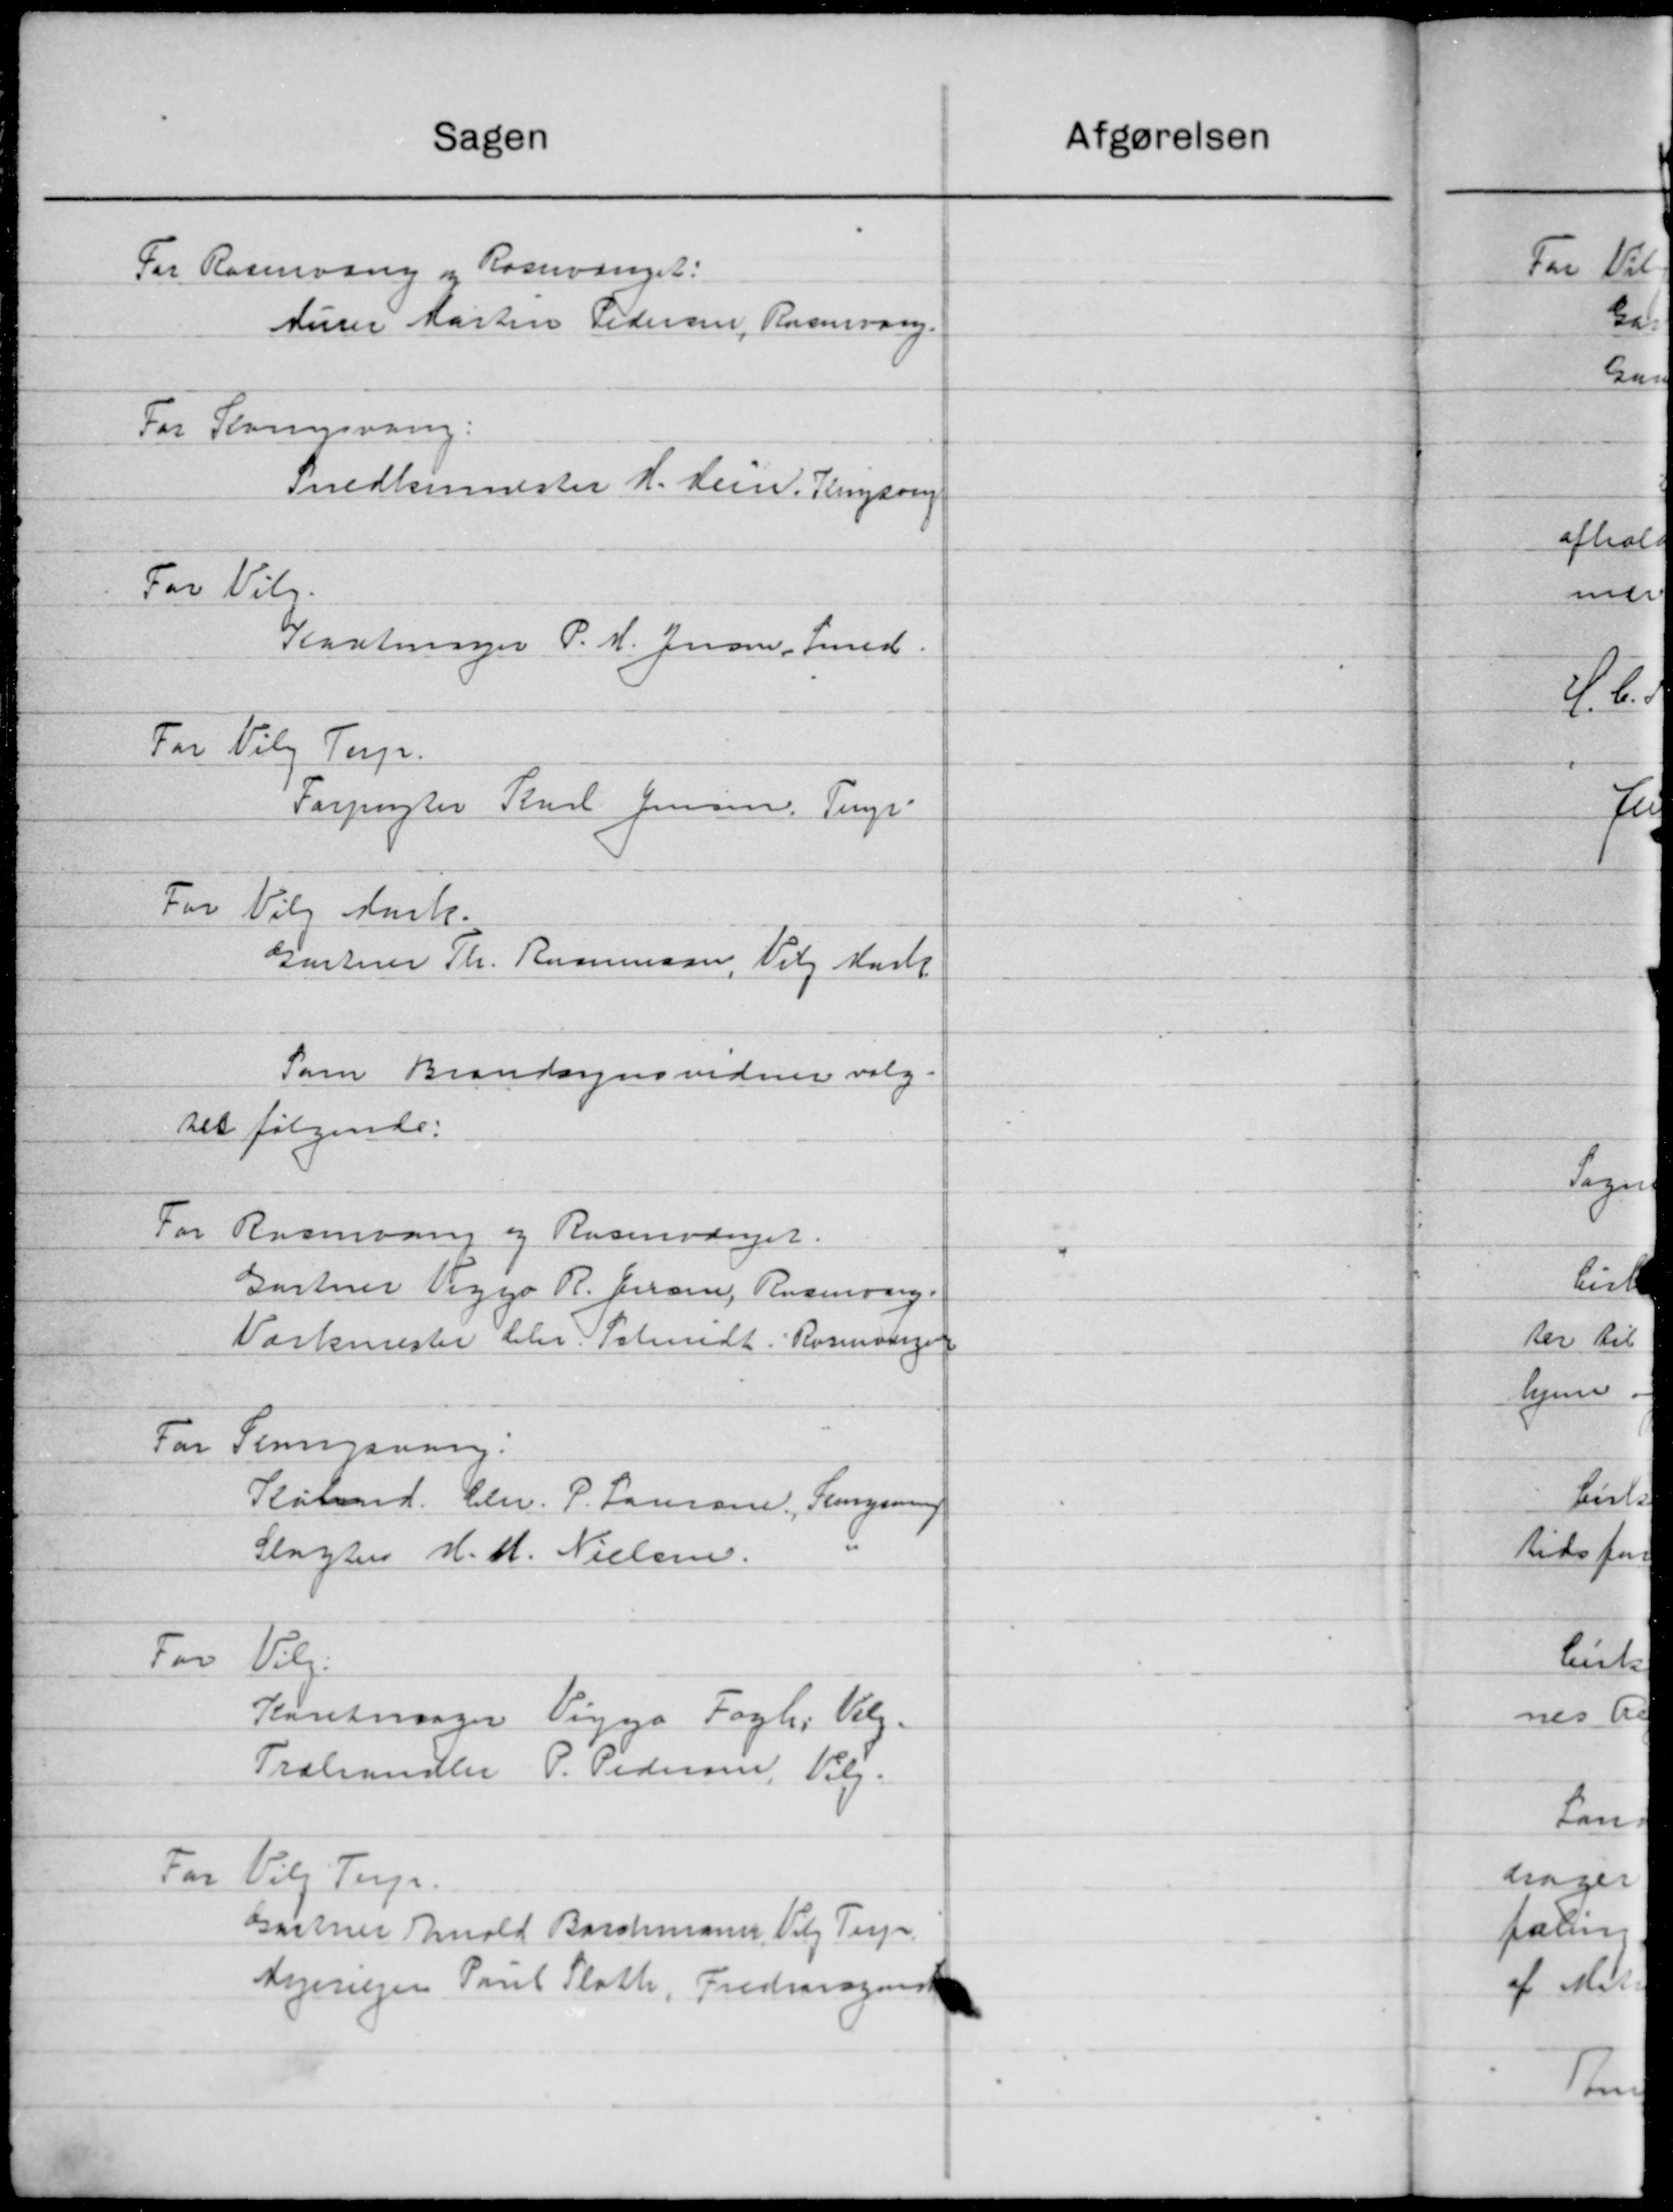
Transskription:
Sagen
For Rasmusen og Rossvænget:
Murer Martin Pedersen, Rasevang.
For Seringsvang:
Snedkermester H. Hein. Tingson
For Vilg.
Kastninger P. M. Jensen Smed
For Vilg Terp.
Forpagter Karl Jensen, Terp-
For Vilg Mark.
Gartner Th. Rasmussen, Valg Mark
Som Brandsynsvidner valg-
tet følgende:
For Rasmusen og Rosenvænger.
Gartner Viggo R. Jensen, Rosing.
Værkmester Chr. Schmidt. Rasmussen
For Sergaaarg.
Kløbmd. Chr. P. Laursen, Fengening
Slagter H. M. Nielsen.
For Vilg.
Kantesager Viggo Foghi Valg-
Træbrandler P. Pedersen, Valg-
For Vil Terp.
Gartner Hald Barchmann, Valg Terp.
Mejevejen Poul Ploth, Fredersgaard